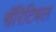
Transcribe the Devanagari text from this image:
चॅरिटिबल